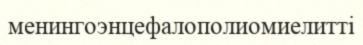
менингоэнцефалополиомиелитті